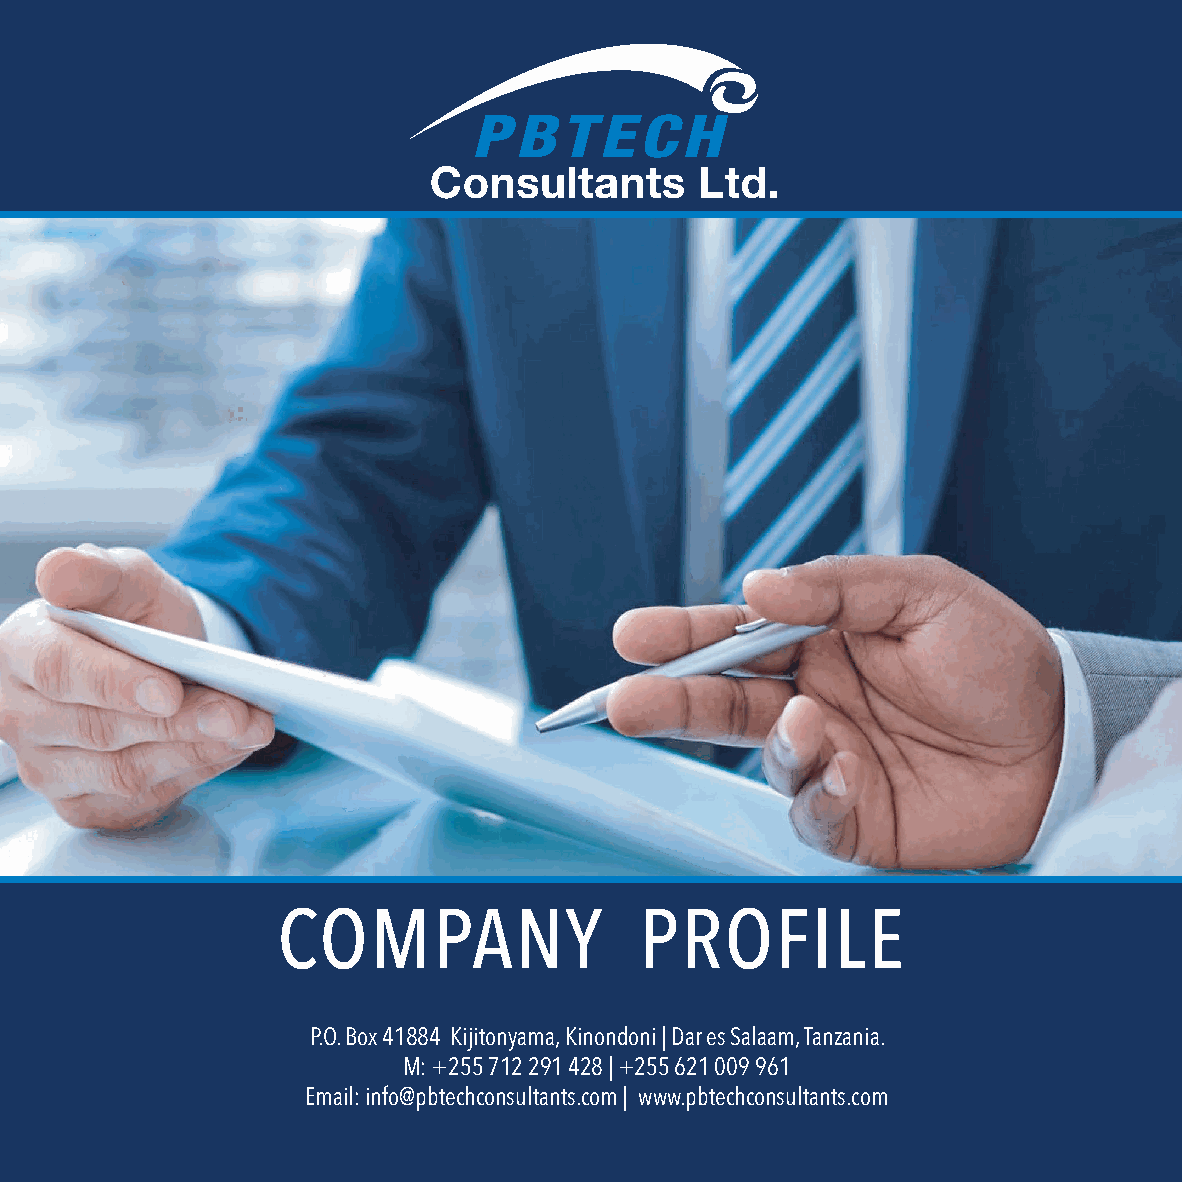
COMPANY                 PROFILE
 P.O. Box 41884 Kijitonyama, Kinondoni | Dar es Salaam, Tanzania.
 M: +255 712 291 428 | +255 621 009 961
 Email: info@pbtechconsultants.com | www.pbtechconsultants.com